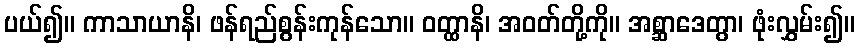
ပယ်၍။ ကာသာယာနိ၊ ဖန်ရည်စွန်းကုန်သော။ ဝတ္ထာနိ၊ အဝတ်တို့ကို။ အစ္ဆာဒေတွာ၊ ဖုံးလွှမ်း၍။